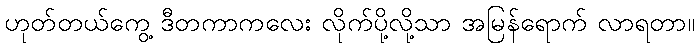
ဟုတ်တယ်ကွေ့ ဒီတကာကလေး လိုက်ပို့လို့သာ အမြန်ရောက် လာရတာ။